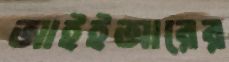
আইইআরের